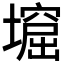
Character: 𡑣